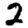
Digit: 2